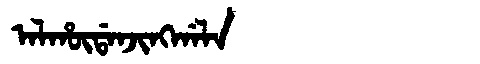
Manchu: ᠠᠯᡥᡡᡩᠠᠨᠵᡳᠩᡤᠠᠯᠠ
Romanization: ALHŪDANJINGGALA